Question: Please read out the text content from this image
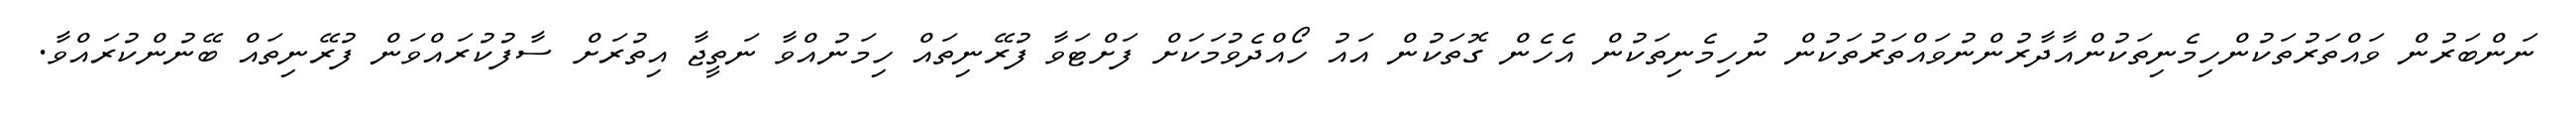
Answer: ނަންބަރުން ވައްތަރުތަކުންހިމެނިތަކުންއާދާރުންނުވައްތަރުތަކުން ނުހިމެނިތަކުން އެހެން ގޮތަކުން އައު ހޯއްދެވުމަކަށް ފަށްޓަވާ ފުރޭނިތައް ހިމަނުއްވާ ނަތީޖާ އިތުރަށް ސާފުކުރައްވަން ފުރޭނިތައް ބޭނުންކުރައްވާ.